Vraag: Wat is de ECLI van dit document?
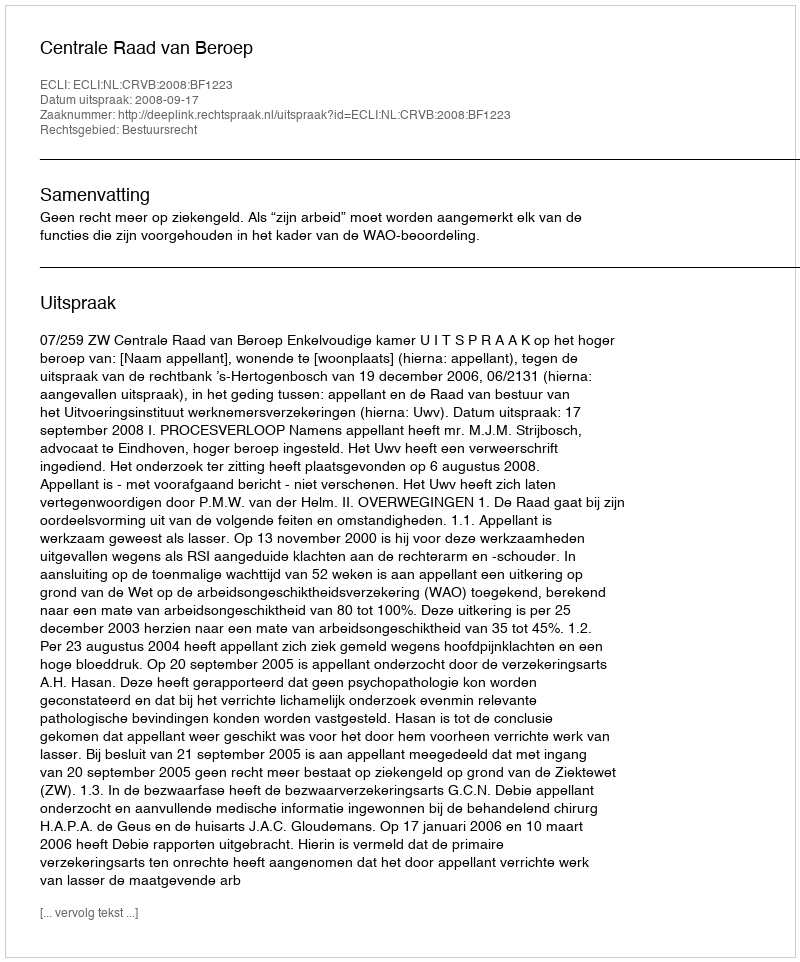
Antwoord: ECLI:NL:CRVB:2008:BF1223